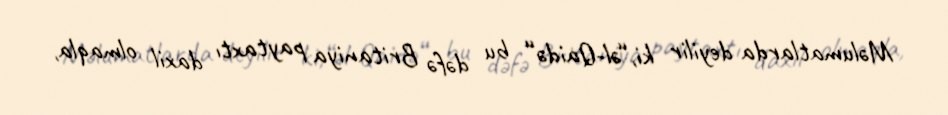
Məlumatlarda deyilir ki,“əl-Qaidə“ bu dəfə Britaniya paytaxtı daxil olmaqla,